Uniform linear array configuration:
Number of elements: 12
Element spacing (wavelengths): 0.5
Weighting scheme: hamming
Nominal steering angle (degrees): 30
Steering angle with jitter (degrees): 28.084
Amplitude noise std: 0.05
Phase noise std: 0.05

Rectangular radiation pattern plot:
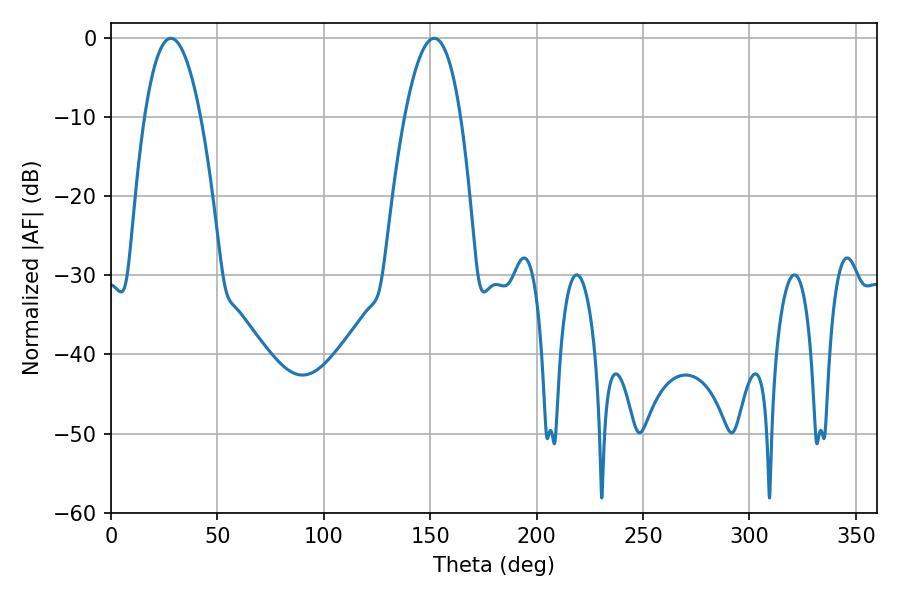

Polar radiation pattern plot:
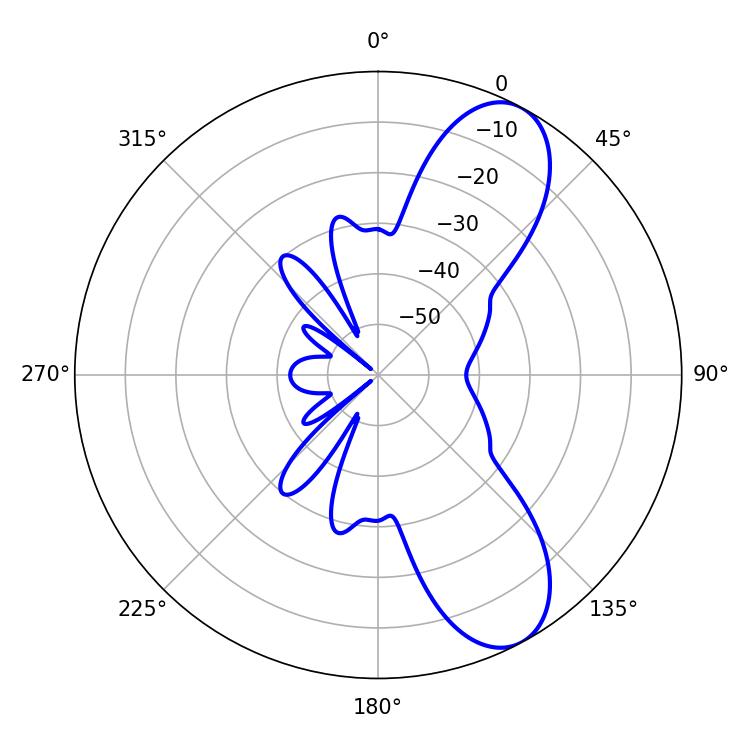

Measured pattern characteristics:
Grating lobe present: FALSE
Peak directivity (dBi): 8.886
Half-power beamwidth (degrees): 14.58
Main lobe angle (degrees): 28.08